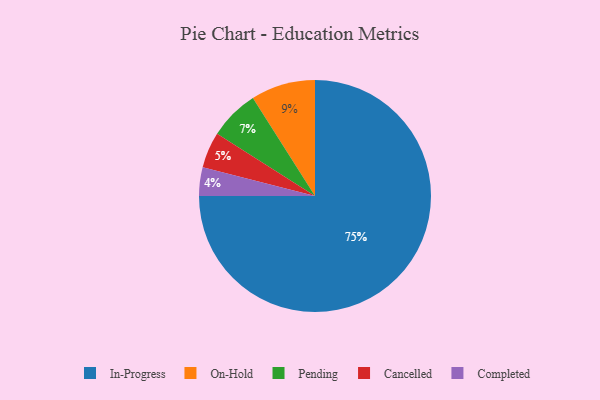
{"axis": {"x": "Category", "y": "Percentage"}, "legend": ["Cancelled", "Completed", "In-Progress", "On-Hold", "Pending"], "data": [{"x": "Pending", "y": 7, "type": "Pending"}, {"x": "In-Progress", "y": 75, "type": "In-Progress"}, {"x": "On-Hold", "y": 9, "type": "On-Hold"}, {"x": "Completed", "y": 4, "type": "Completed"}, {"x": "Cancelled", "y": 5, "type": "Cancelled"}]}